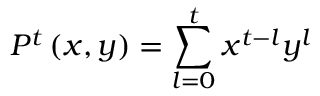
P ^ { t } \left( x , y \right) = \sum _ { l = 0 } ^ { t } x ^ { t - l } y ^ { l }